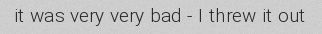
it was very very bad - I threw it out